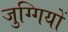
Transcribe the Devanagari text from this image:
जुग्गियों